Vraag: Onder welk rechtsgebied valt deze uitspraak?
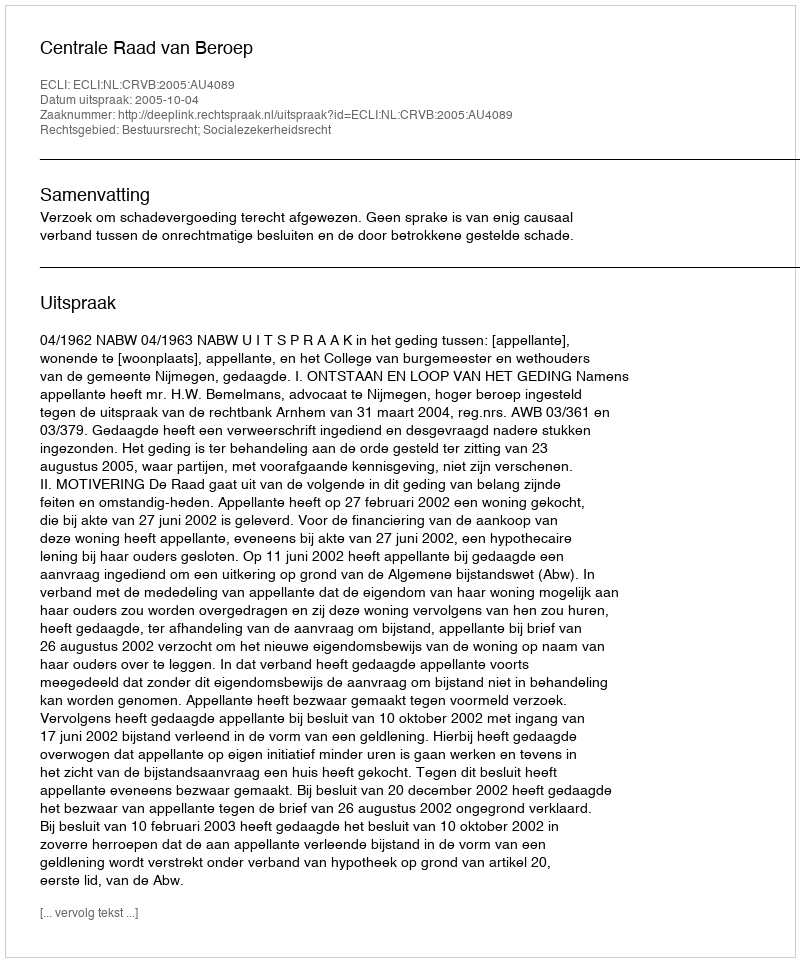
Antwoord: Bestuursrecht; Socialezekerheidsrecht